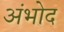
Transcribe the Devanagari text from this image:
अंभोद